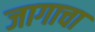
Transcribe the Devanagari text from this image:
जागाचा